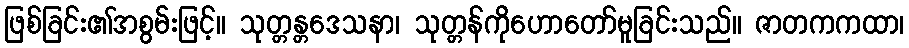
ဖြစ်ခြင်း၏အစွမ်းဖြင့်။ သုတ္တန္တဒေသနာ၊ သုတ္တန်ကိုဟောတော်မူခြင်းသည်။ ဇာတကကထာ၊